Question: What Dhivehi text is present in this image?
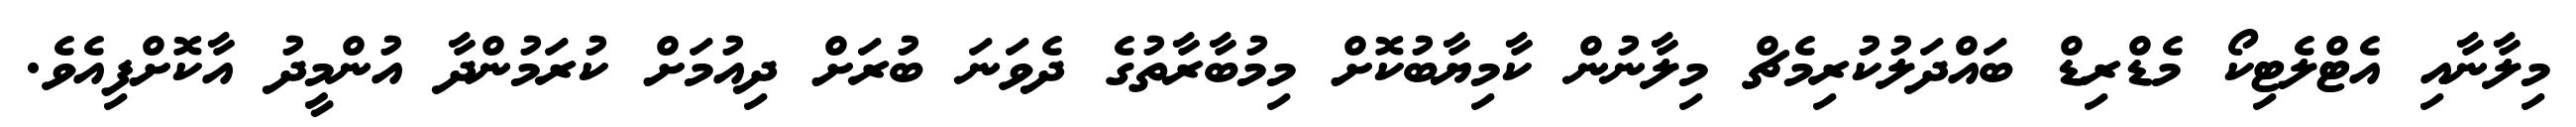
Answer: މިލާނާއި އެޓްލެޓިކޯ މެޑްރިޑް ބައްދަލުކުރިމެޗް މިލާނުން ކާމިޔާބުކޮށް މިމުބާރާތުގެ ދެވަނަ ބުރަށް ދިއުމަށް ކުރަމުންދާ އުންމީދު އާކޮށްފިއެވެ.